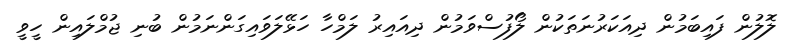
ލޮލުން ފައިބަމުން ދިއަކަރުނަތަކުން ލޯފުސްވަމުން ދިއައިރު ލަމްހާ ހަޅޭލަވައިގަންނަމުން ބުނި ޖުމްލައިން ހީވީ